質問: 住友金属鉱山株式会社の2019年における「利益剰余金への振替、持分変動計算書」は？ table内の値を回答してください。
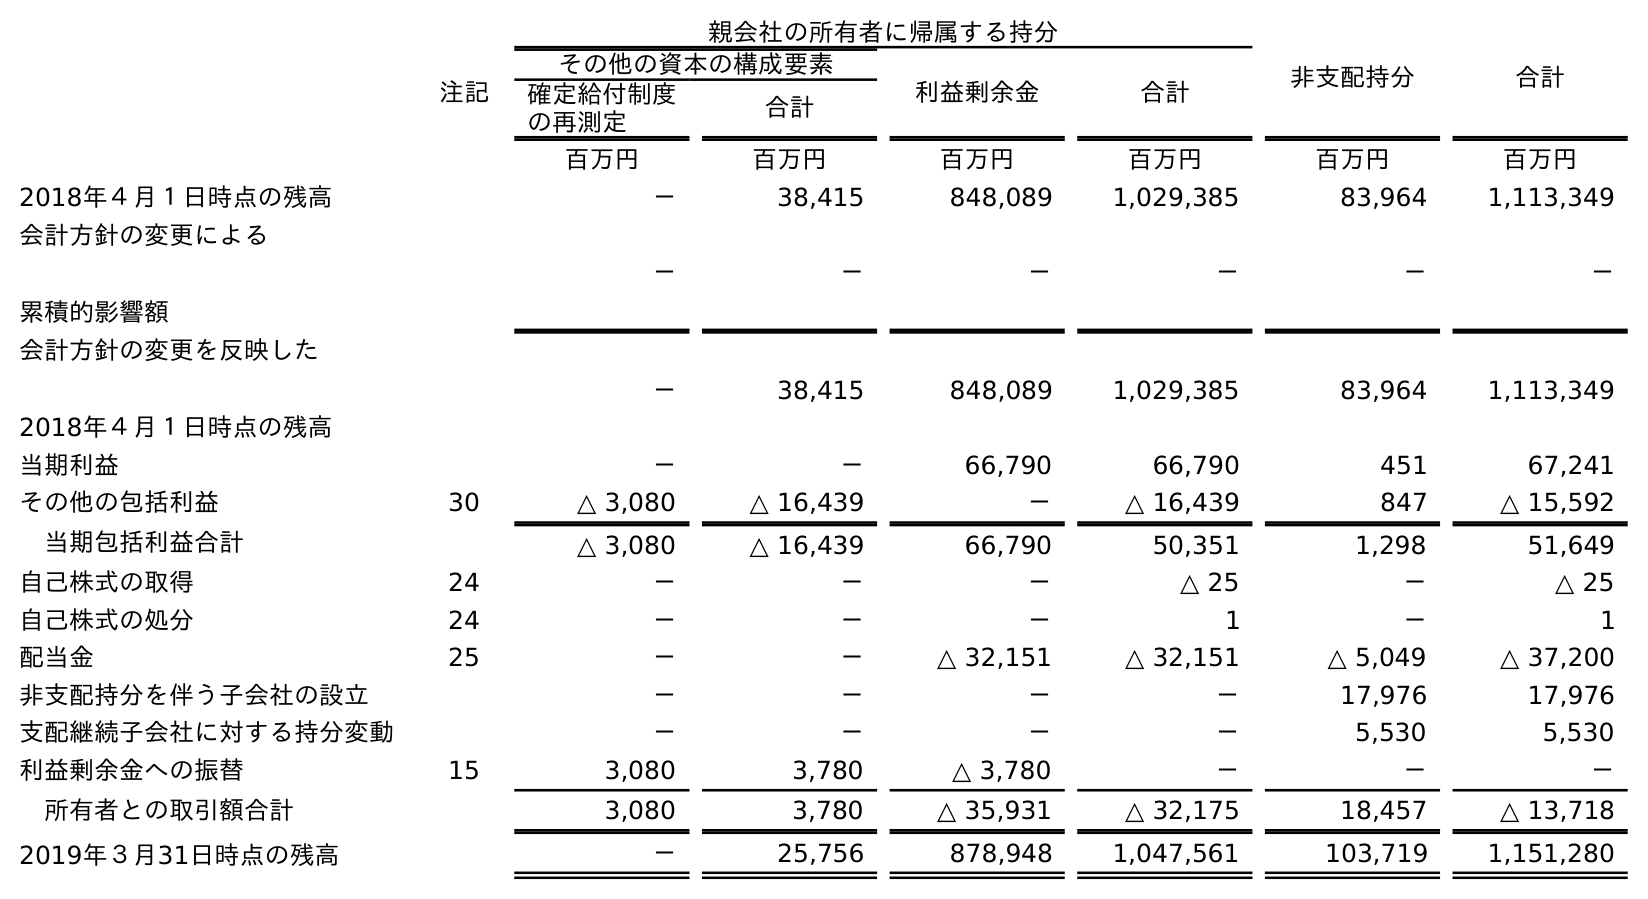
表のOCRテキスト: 親会社の所有者に帰属する持分 非支配持分 合計 注記 その他の資本の構成要素 利益剰余金 合計 確定給付制度 の再測定 合計 百万円 百万円 百万円 百万円 百万円 百万円 2018年４月１日時点の残高 － 38,415 848,089 1,029,385 83,964 1,113,349 会計方針の変更による 累積的影響額 － － － － － － 会計方針の変更を反映した 2018年４月１日時点の残高 － 38,415 848,089 1,029,385 83,964 1,113,349 当期利益 － － 66,790 66,790 451 67,241 その他の包括利益 30 △ 3,080 △ 16,439 － △ 16,439 847 △ 15,592 当期包括利益合計 △ 3,080 △ 16,439 66,790 50,351 1,298 51,649 自己株式の取得 24 － － － △ 25 － △ 25 自己株式の処分 24 － － － 1 － 1 配当金 25 － － △ 32,151 △ 32,151 △ 5,049 △ 37,200 非支配持分を伴う子会社の設立 － － － － 17,976 17,976 支配継続子会社に対する持分変動 － － － － 5,530 5,530 利益剰余金への振替 15 3,080 3,780 △ 3,780 － － － 所有者との取引額合計 3,080 3,780 △ 35,931 △ 32,175 18,457 △ 13,718 2019年３月31日時点の残高 － 25,756 878,948 1,047,561 103,719 1,151,280
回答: －